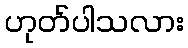
ဟုတ်ပါသလား